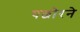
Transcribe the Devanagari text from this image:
पछोरने